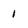
Character: 1